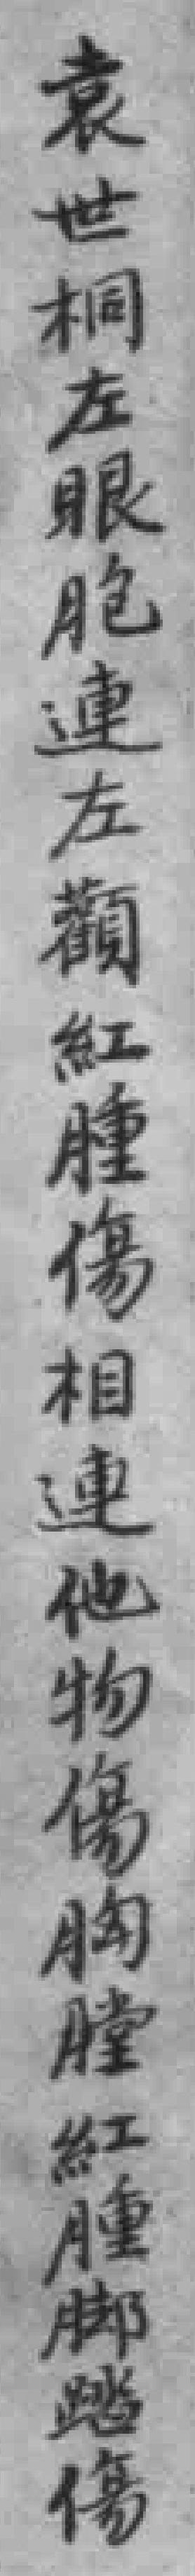
袁世桐左眼胞連左顴紅腫傷相連他物傷胸膛紅腫腳踏傷